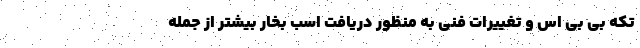
تکه بی بی اس و تغییرات فنی به منظور دریافت اسب بخار بیشتر از جمله